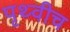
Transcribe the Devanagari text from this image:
पृथ्वीच